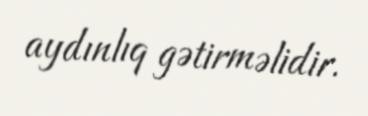
aydınlıq gətirməlidir.